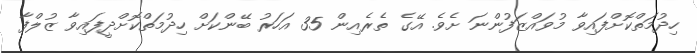
ހިދުމަތްކޮށްފައިވާ މުވައްޒަފުންނަ ށެވެ. އޭގެ ތެރެއިން 35 އަހަރު ބޭންކަށް ހިދުމަތްކޮށްދީފައިވާ ޒުލްފާ